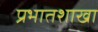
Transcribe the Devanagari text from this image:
प्रभातशाखा